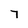
Character: 7